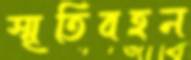
স্মৃতিবহন